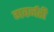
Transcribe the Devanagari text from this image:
गवर्नरी